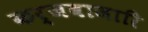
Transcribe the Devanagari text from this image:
कर्जबाजारि